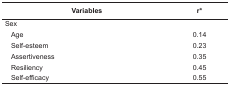
<table><thead><tr><td colspan="2"><b>Variables</b></td><td><b>r*</b></td></tr></thead><tbody><tr><td colspan="2"> Sex</td><td></td></tr><tr><td></td><td> Age</td><td> 0.14</td></tr><tr><td></td><td> Self-esteem</td><td> 0.23</td></tr><tr><td></td><td> Assertiveness</td><td> 0.35</td></tr><tr><td></td><td> Resiliency</td><td> 0.45</td></tr><tr><td></td><td> Self-efficacy</td><td> 0.55</td></tr></tbody></table>